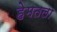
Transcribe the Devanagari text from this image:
हेमतला